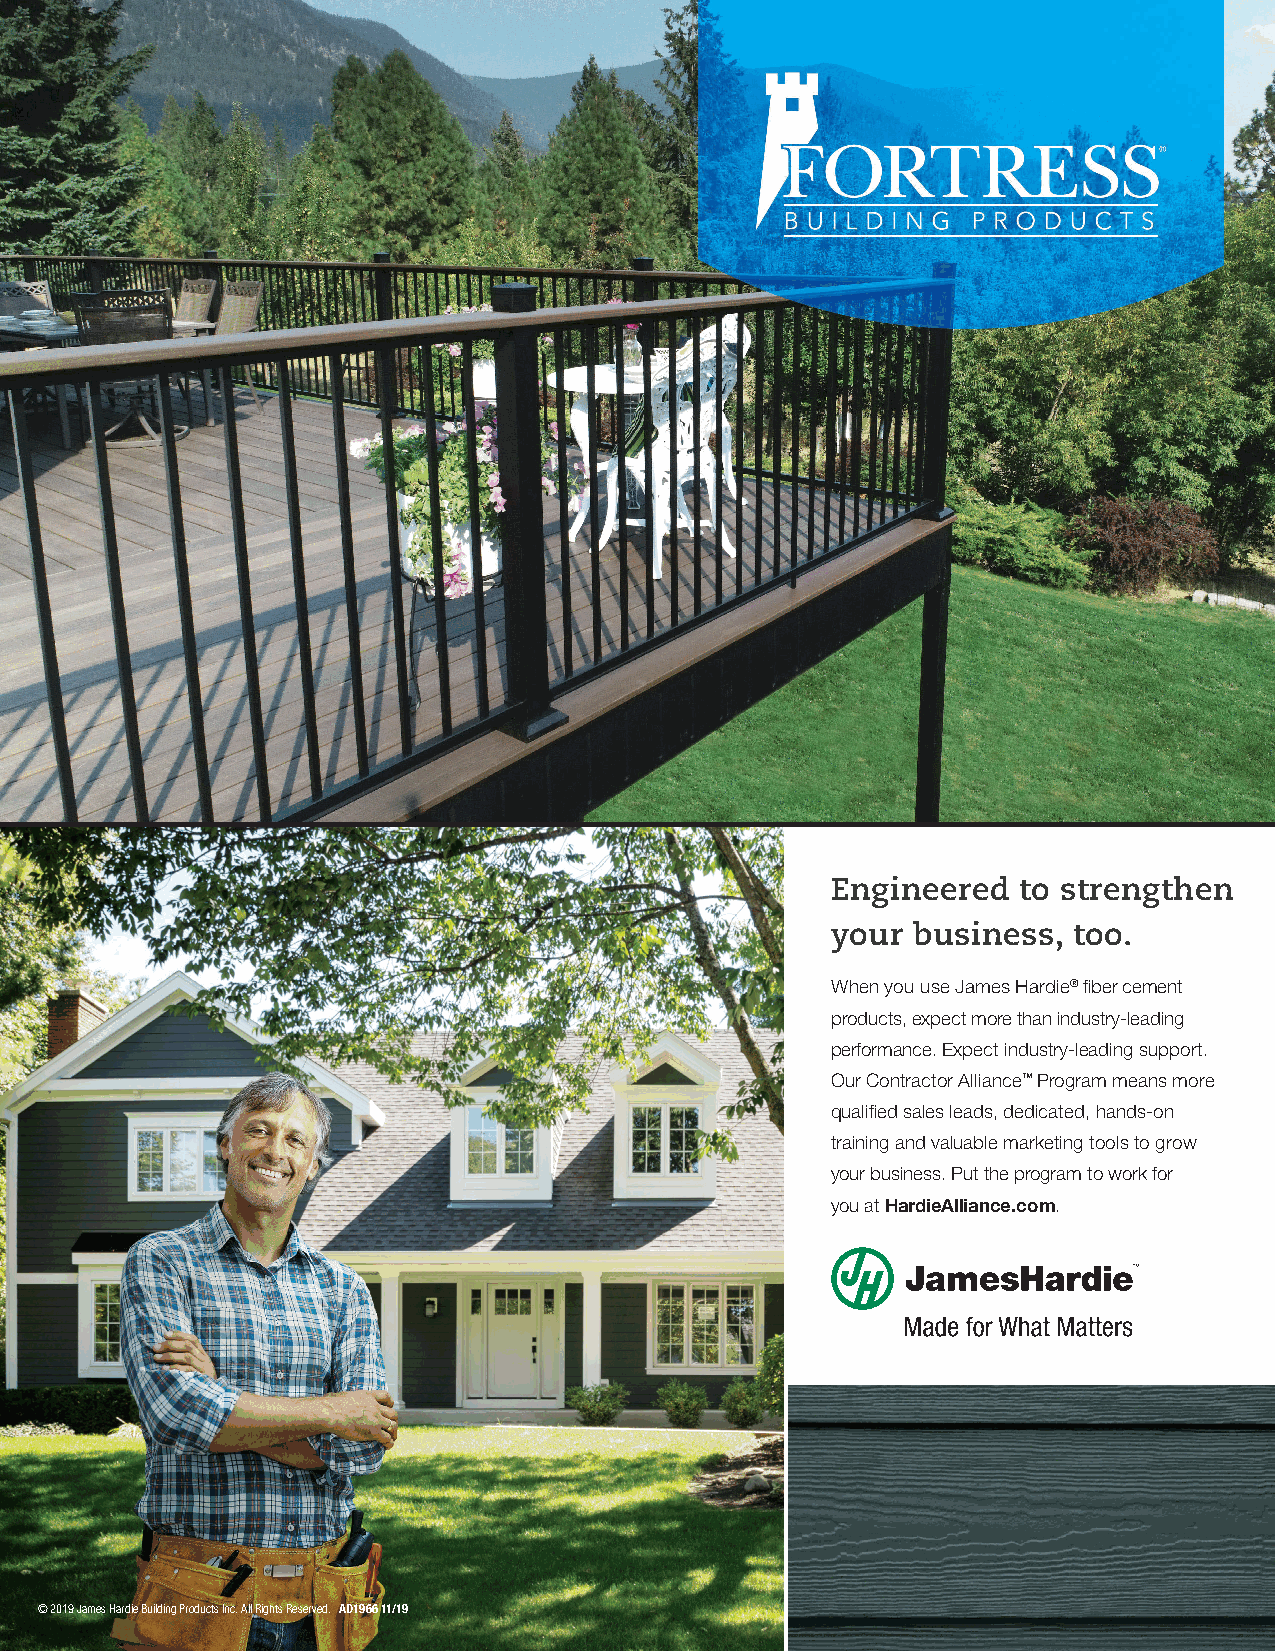
Engineered  to strengthen
 your business,  too.
 When you use James Hardie® fiber cement
 products, expect more than industry-leading
 performance. Expect industry-leading support.
 Our Contractor Alliance™ Program means more
 qualified sales leads, dedicated, hands-on
 training and valuable marketing tools to grow
 your business. Put the program to work for
 you at HardieAlliance.com.
 © 2019 James Hardie Building Products Inc. All Rights Reserved. AD1966 11/19